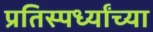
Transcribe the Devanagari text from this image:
प्रतिस्पर्ध्यांच्या